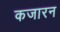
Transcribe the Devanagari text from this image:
कजारन